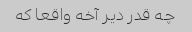
چه قدر دیر آخه واقعا که